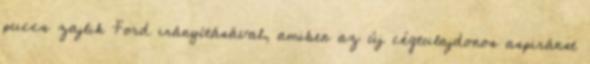
puccs zajlik Ford irányításával, amiben az új cégtulajdonos aspiránst